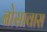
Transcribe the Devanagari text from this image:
बोसावास